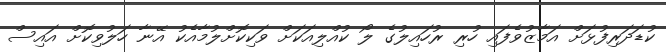
ކުޑަދަރިފުޅަށް އަމާޒުވެފައި ހުރި ރުހައިލުގެ ލޯ ކުއްލިއަކަށް ވަކިކޮށްލުމާއެކު އޭނާ ހަލުވިކޮށް އައިސް